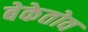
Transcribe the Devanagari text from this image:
बेकेतोव